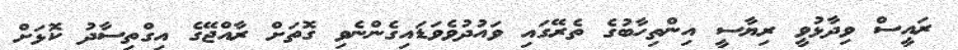
ރައީސް ވިދާޅުވީ ރިޔާސީ އިންތިހާބުގެ ތެރޭގައި ވައުދުވެވަޑައިގެންނެވި ގޮތަށް ރާއްޖޭގެ އިގްތިސާދު ކޮޅަށް